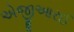
એજીઆરઈ